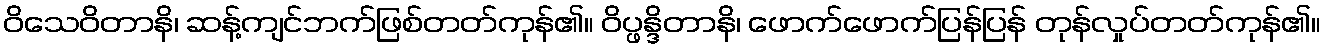
ဝိသေဝိတာနိ၊ ဆန့်ကျင်ဘက်ဖြစ်တတ်ကုန်၏။ ဝိပ္ဖန္ဒိတာနိ၊ ဖောက်ဖောက်ပြန်ပြန် တုန်လှုပ်တတ်ကုန်၏။